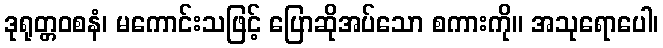
ဒုရုတ္တဝစနံ၊ မကောင်းသဖြင့် ပြောဆိုအပ်သော စကားကို။ အသုရောပေါ၊